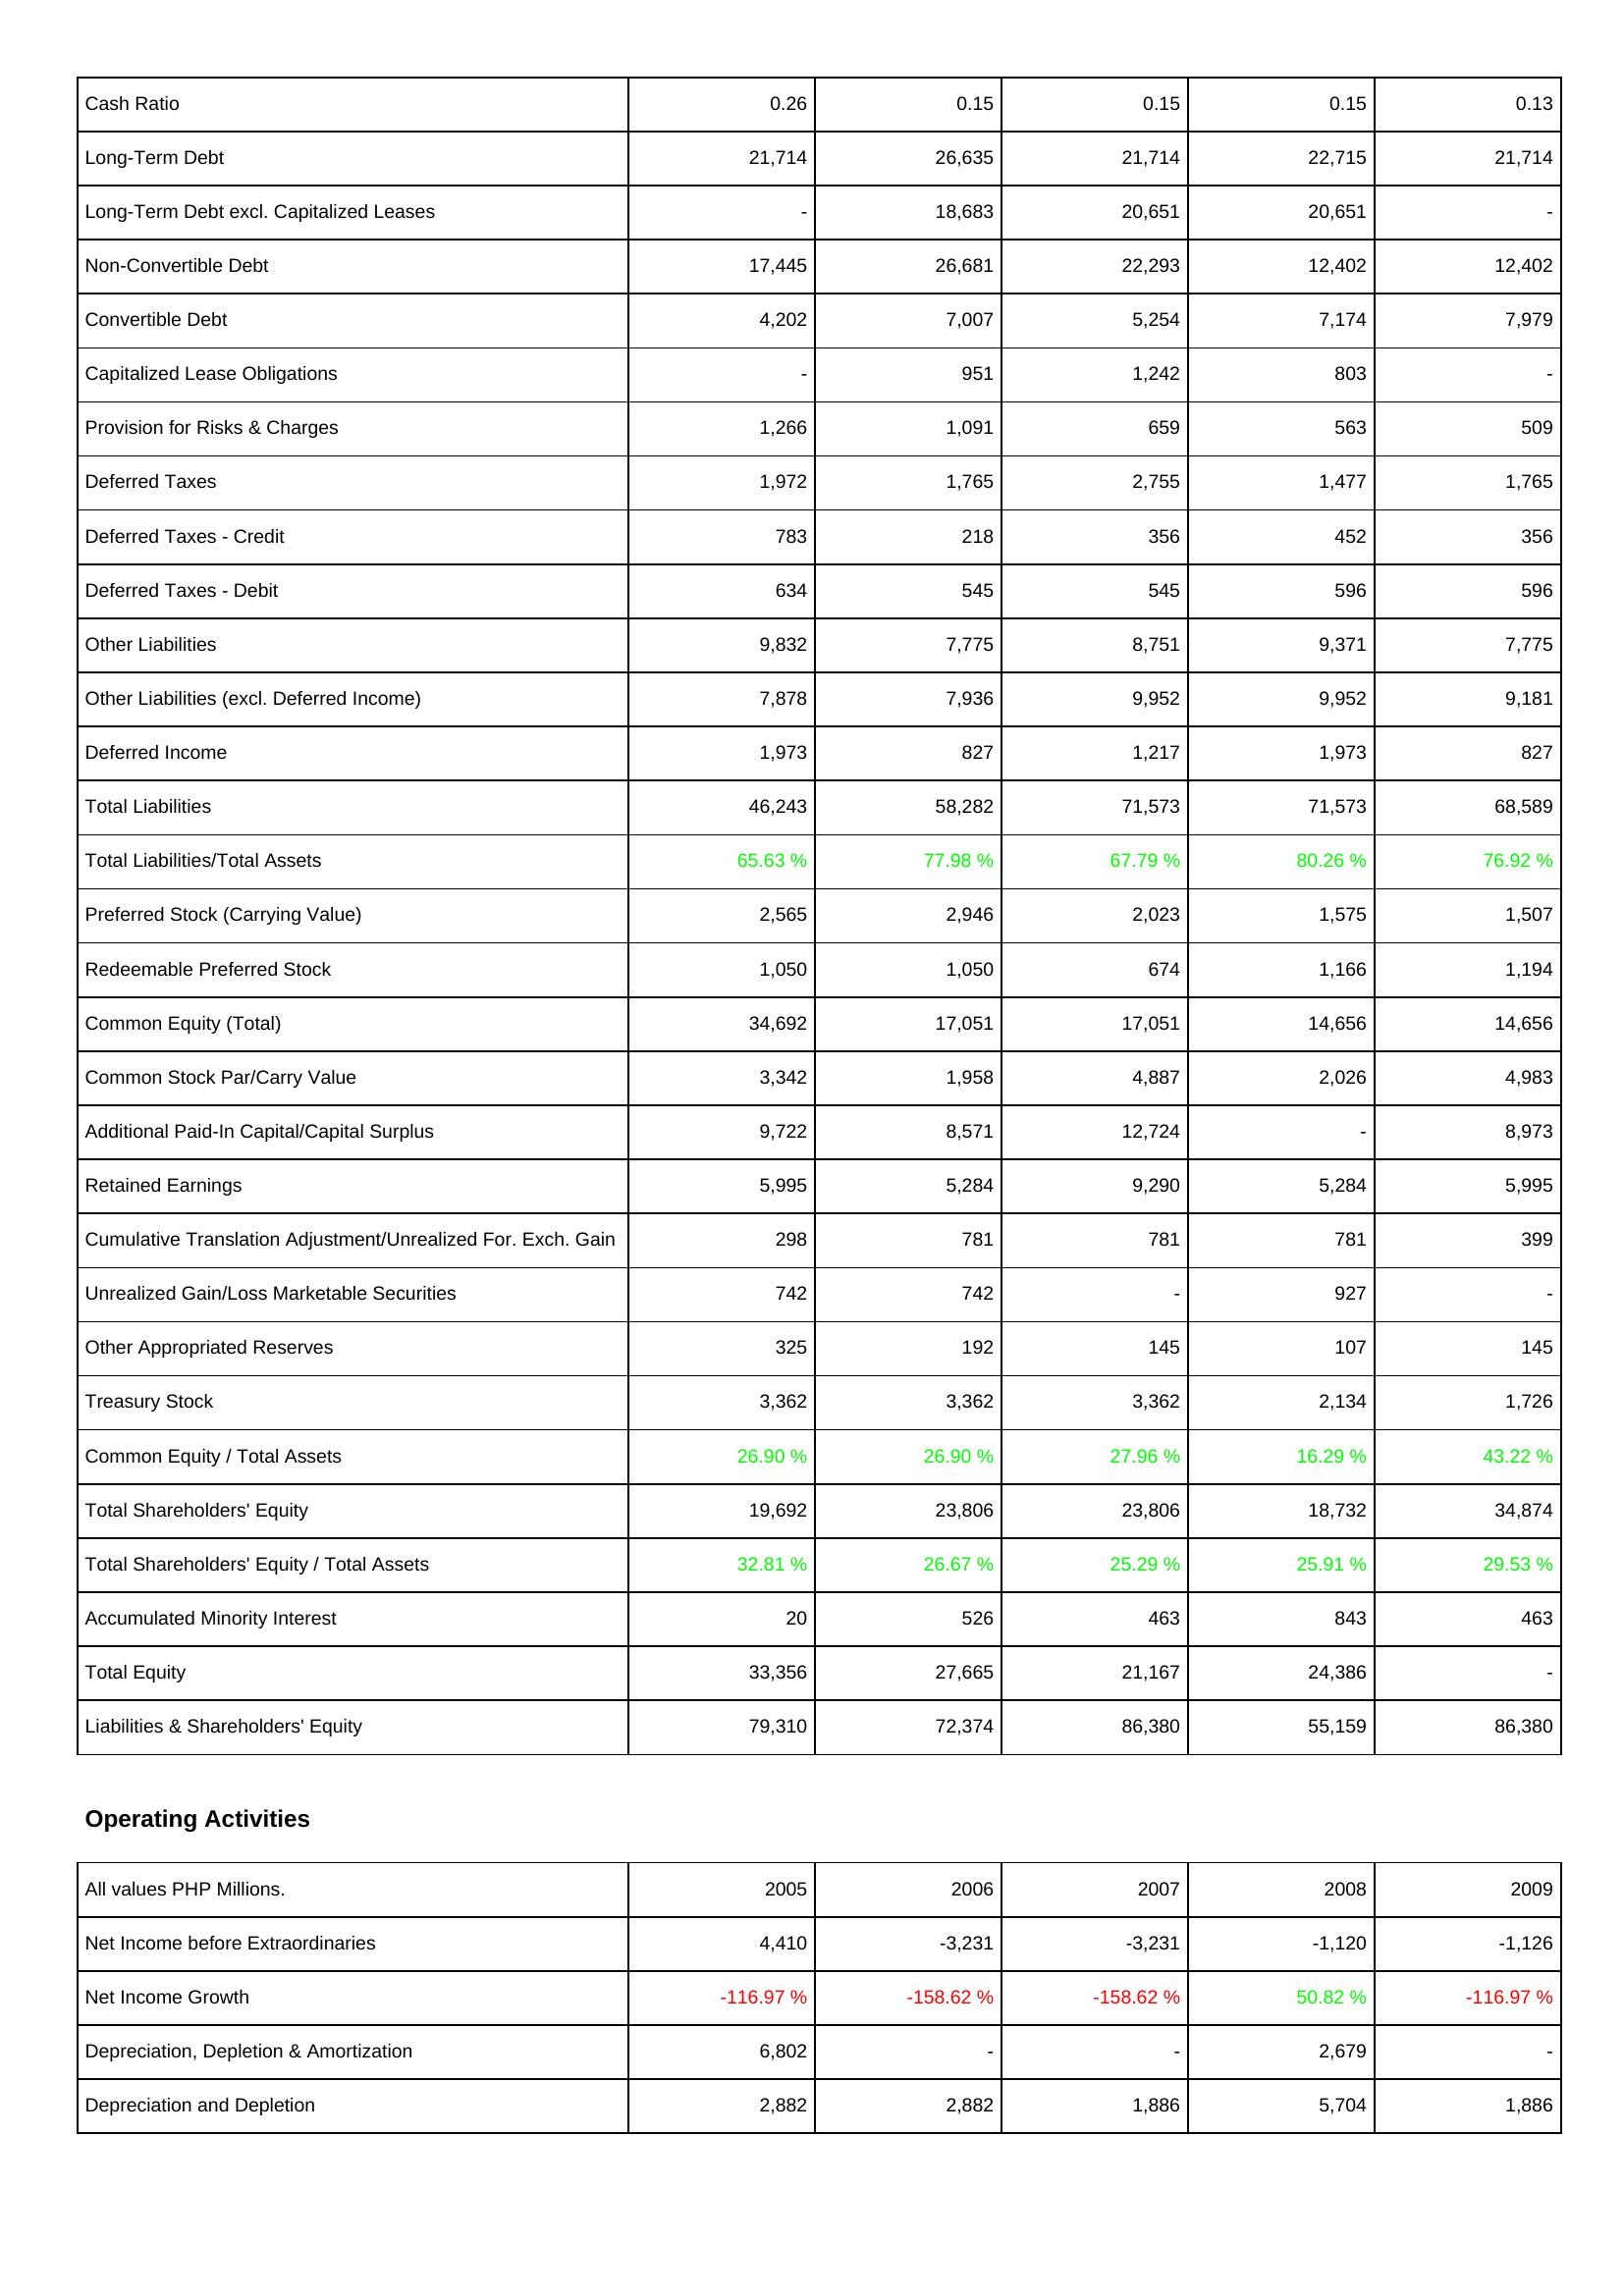
2005: Liabilities & Shareholders' Equity: Cash Ratio: 0.26
Long-Term Debt: 21,714
Long-Term Debt excl. Capitalized Leases: -
Non-Convertible Debt: 17,445
Convertible Debt: 4,202
Capitalized Lease Obligations: -
Provision for Risks & Charges: 1,266
Deferred Taxes: 1,972
Deferred Taxes - Credit: 783
Deferred Taxes - Debit: 634
Other Liabilities: 9,832
Other Liabilities (excl. Deferred Income): 7,878
Deferred Income: 1,973
Total Liabilities: 46,243
Total Liabilities/Total Assets: 65.63 %
Preferred Stock (Carrying Value): 2,565
Redeemable Preferred Stock: 1,050
Common Equity (Total): 34,692
Common Stock Par/Carry Value: 3,342
Additional Paid-In Capital/Capital Surplus: 9,722
Retained Earnings: 5,995
Cumulative Translation Adjustment/Unrealized For. Exch. Gain: 298
Unrealized Gain/Loss Marketable Securities: 742
Other Appropriated Reserves: 325
Treasury Stock: 3,362
Common Equity / Total Assets: 26.90 %
Total Shareholders' Equity: 19,692
Total Shareholders' Equity / Total Assets: 32.81 %
Accumulated Minority Interest: 20
Total Equity: 33,356
Liabilities & Shareholders' Equity: 79,310
Operating Activities: Net Income before Extraordinaries: 4,410
Net Income Growth: -116.97 %
Depreciation, Depletion & Amortization: 6,802
Depreciation and Depletion: 2,882
2006: Liabilities & Shareholders' Equity: Cash Ratio: 0.15
Long-Term Debt: 26,635
Long-Term Debt excl. Capitalized Leases: 18,683
Non-Convertible Debt: 26,681
Convertible Debt: 7,007
Capitalized Lease Obligations: 951
Provision for Risks & Charges: 1,091
Deferred Taxes: 1,765
Deferred Taxes - Credit: 218
Deferred Taxes - Debit: 545
Other Liabilities: 7,775
Other Liabilities (excl. Deferred Income): 7,936
Deferred Income: 827
Total Liabilities: 58,282
Total Liabilities/Total Assets: 77.98 %
Preferred Stock (Carrying Value): 2,946
Redeemable Preferred Stock: 1,050
Common Equity (Total): 17,051
Common Stock Par/Carry Value: 1,958
Additional Paid-In Capital/Capital Surplus: 8,571
Retained Earnings: 5,284
Cumulative Translation Adjustment/Unrealized For. Exch. Gain: 781
Unrealized Gain/Loss Marketable Securities: 742
Other Appropriated Reserves: 192
Treasury Stock: 3,362
Common Equity / Total Assets: 26.90 %
Total Shareholders' Equity: 23,806
Total Shareholders' Equity / Total Assets: 26.67 %
Accumulated Minority Interest: 526
Total Equity: 27,665
Liabilities & Shareholders' Equity: 72,374
Operating Activities: Net Income before Extraordinaries: -3,231
Net Income Growth: -158.62 %
Depreciation, Depletion & Amortization: -
Depreciation and Depletion: 2,882
2007: Liabilities & Shareholders' Equity: Cash Ratio: 0.15
Long-Term Debt: 21,714
Long-Term Debt excl. Capitalized Leases: 20,651
Non-Convertible Debt: 22,293
Convertible Debt: 5,254
Capitalized Lease Obligations: 1,242
Provision for Risks & Charges: 659
Deferred Taxes: 2,755
Deferred Taxes - Credit: 356
Deferred Taxes - Debit: 545
Other Liabilities: 8,751
Other Liabilities (excl. Deferred Income): 9,952
Deferred Income: 1,217
Total Liabilities: 71,573
Total Liabilities/Total Assets: 67.79 %
Preferred Stock (Carrying Value): 2,023
Redeemable Preferred Stock: 674
Common Equity (Total): 17,051
Common Stock Par/Carry Value: 4,887
Additional Paid-In Capital/Capital Surplus: 12,724
Retained Earnings: 9,290
Cumulative Translation Adjustment/Unrealized For. Exch. Gain: 781
Unrealized Gain/Loss Marketable Securities: -
Other Appropriated Reserves: 145
Treasury Stock: 3,362
Common Equity / Total Assets: 27.96 %
Total Shareholders' Equity: 23,806
Total Shareholders' Equity / Total Assets: 25.29 %
Accumulated Minority Interest: 463
Total Equity: 21,167
Liabilities & Shareholders' Equity: 86,380
Operating Activities: Net Income before Extraordinaries: -3,231
Net Income Growth: -158.62 %
Depreciation, Depletion & Amortization: -
Depreciation and Depletion: 1,886
2008: Liabilities & Shareholders' Equity: Cash Ratio: 0.15
Long-Term Debt: 22,715
Long-Term Debt excl. Capitalized Leases: 20,651
Non-Convertible Debt: 12,402
Convertible Debt: 7,174
Capitalized Lease Obligations: 803
Provision for Risks & Charges: 563
Deferred Taxes: 1,477
Deferred Taxes - Credit: 452
Deferred Taxes - Debit: 596
Other Liabilities: 9,371
Other Liabilities (excl. Deferred Income): 9,952
Deferred Income: 1,973
Total Liabilities: 71,573
Total Liabilities/Total Assets: 80.26 %
Preferred Stock (Carrying Value): 1,575
Redeemable Preferred Stock: 1,166
Common Equity (Total): 14,656
Common Stock Par/Carry Value: 2,026
Additional Paid-In Capital/Capital Surplus: -
Retained Earnings: 5,284
Cumulative Translation Adjustment/Unrealized For. Exch. Gain: 781
Unrealized Gain/Loss Marketable Securities: 927
Other Appropriated Reserves: 107
Treasury Stock: 2,134
Common Equity / Total Assets: 16.29 %
Total Shareholders' Equity: 18,732
Total Shareholders' Equity / Total Assets: 25.91 %
Accumulated Minority Interest: 843
Total Equity: 24,386
Liabilities & Shareholders' Equity: 55,159
Operating Activities: Net Income before Extraordinaries: -1,120
Net Income Growth: 50.82 %
Depreciation, Depletion & Amortization: 2,679
Depreciation and Depletion: 5,704
2009: Liabilities & Shareholders' Equity: Cash Ratio: 0.13
Long-Term Debt: 21,714
Long-Term Debt excl. Capitalized Leases: -
Non-Convertible Debt: 12,402
Convertible Debt: 7,979
Capitalized Lease Obligations: -
Provision for Risks & Charges: 509
Deferred Taxes: 1,765
Deferred Taxes - Credit: 356
Deferred Taxes - Debit: 596
Other Liabilities: 7,775
Other Liabilities (excl. Deferred Income): 9,181
Deferred Income: 827
Total Liabilities: 68,589
Total Liabilities/Total Assets: 76.92 %
Preferred Stock (Carrying Value): 1,507
Redeemable Preferred Stock: 1,194
Common Equity (Total): 14,656
Common Stock Par/Carry Value: 4,983
Additional Paid-In Capital/Capital Surplus: 8,973
Retained Earnings: 5,995
Cumulative Translation Adjustment/Unrealized For. Exch. Gain: 399
Unrealized Gain/Loss Marketable Securities: -
Other Appropriated Reserves: 145
Treasury Stock: 1,726
Common Equity / Total Assets: 43.22 %
Total Shareholders' Equity: 34,874
Total Shareholders' Equity / Total Assets: 29.53 %
Accumulated Minority Interest: 463
Total Equity: -
Liabilities & Shareholders' Equity: 86,380
Operating Activities: Net Income before Extraordinaries: -1,126
Net Income Growth: -116.97 %
Depreciation, Depletion & Amortization: -
Depreciation and Depletion: 1,886